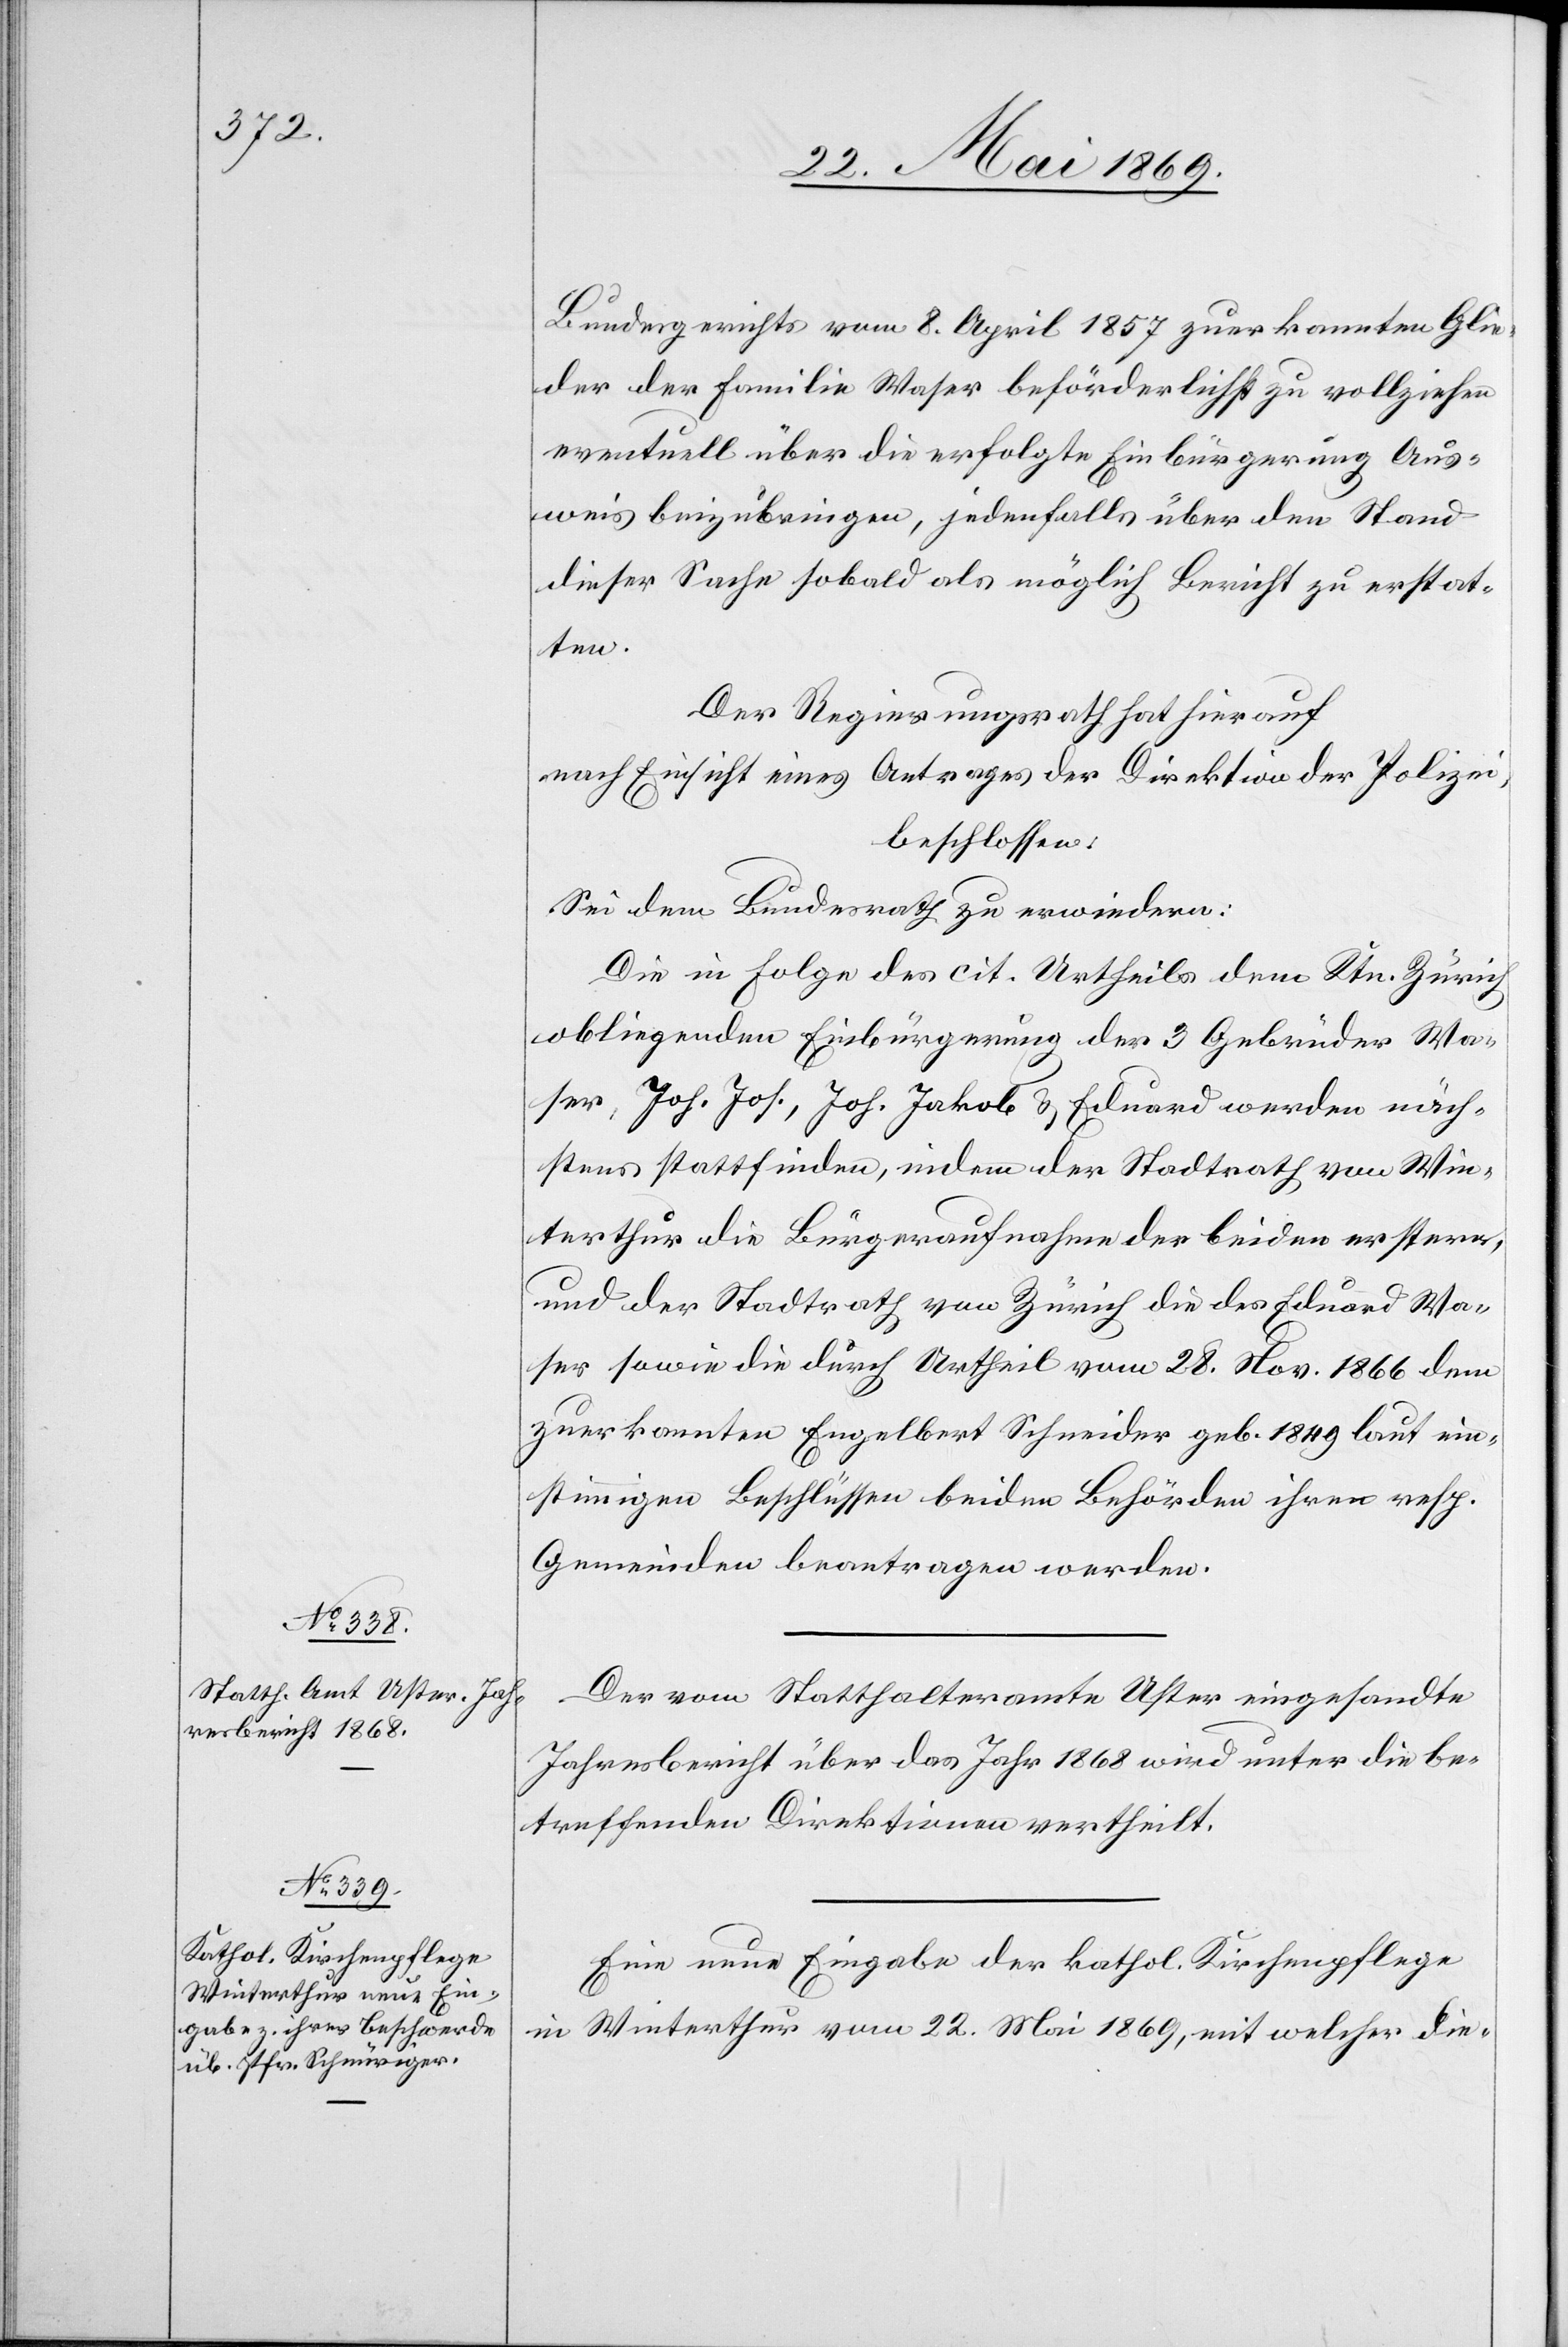
24. Mai 1869.]
Bundesgerichtes vom 8. April 1857 zuerkannten Glie¬
der der Familie Waser beförderlichst zu vollziehen
eventuell über die erfolgte Einbürgerung Aus¬
weis beizubringen, jedenfalls über den Stand
dieser Sache sobald als möglich Bericht zu erstat¬
ten.
Der Regierungsrath hat hierauf,
nach Einsicht eines Antrages der Direktion der Polizei,
beschlossen:
Sei dem Bundesrathe zu erwiedern:
Die in Folge des cit. Urtheils dem Ktn. Zürich
obliegenden Einbürgerung der 3 Gebrüder Wa¬
ser, Joh. Jos., Joh. Jakob u. Eduard werden näch¬
stens stattfinden, indem der Stadtrath von Win¬
terthur die Bürgeraufnahme der beiden erstern,
und der Stadtrath von Zürich die des Eduard Wa¬
ser sowie die durch Urtheil vom 28. Nov. 1866 dem
zuerkannten Engelbert Schneider geb. 1849 laut ein¬
stimmigen Beschlüssen beiden Behörden ihren resp.
Gemeinden beantragen werden.
Der vom Statthalteramte Uster eingesandte
Jahresbericht über das Jahr 1868 wird unter die be¬
treffenden Direktionen vertheilt.
Eine neue Eingabe der kathol. Kirchenpflege
in Winterthur vom 22. Mai 1869, mit welcher die-